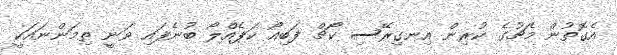
އެގޮތުން މެޗުގެ ކުރިން އިނގިރޭސި ކޯޗް ފަބިއޯ ކަޕެއްލޯ ބުނެފައި ވަނީ ތިމަންނައަކީ